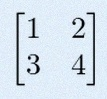
\begin{bmatrix}1&2\\3&4\end{bmatrix}